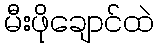
မီးဖိုချောင်ထဲ